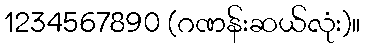
1234567890 (ဂဏန်းဆယ်လုံး)။